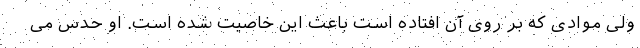
ولی موادی که بر روی آن افتاده است باعث این خاصیت شده است. او حدس می